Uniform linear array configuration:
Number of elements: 48
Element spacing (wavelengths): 0.25
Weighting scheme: hann
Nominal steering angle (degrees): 15
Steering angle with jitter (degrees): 13.393
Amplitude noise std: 0.05
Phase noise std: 0.05

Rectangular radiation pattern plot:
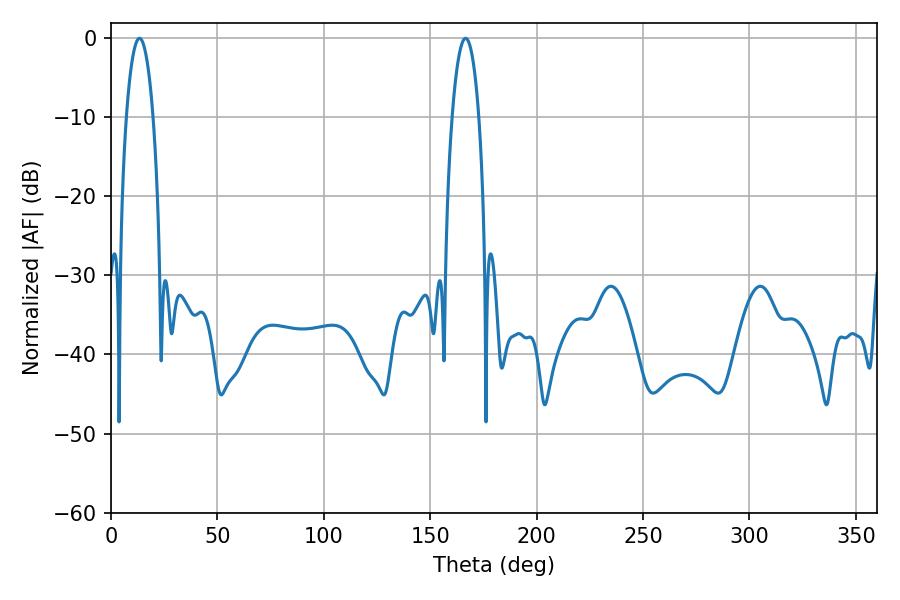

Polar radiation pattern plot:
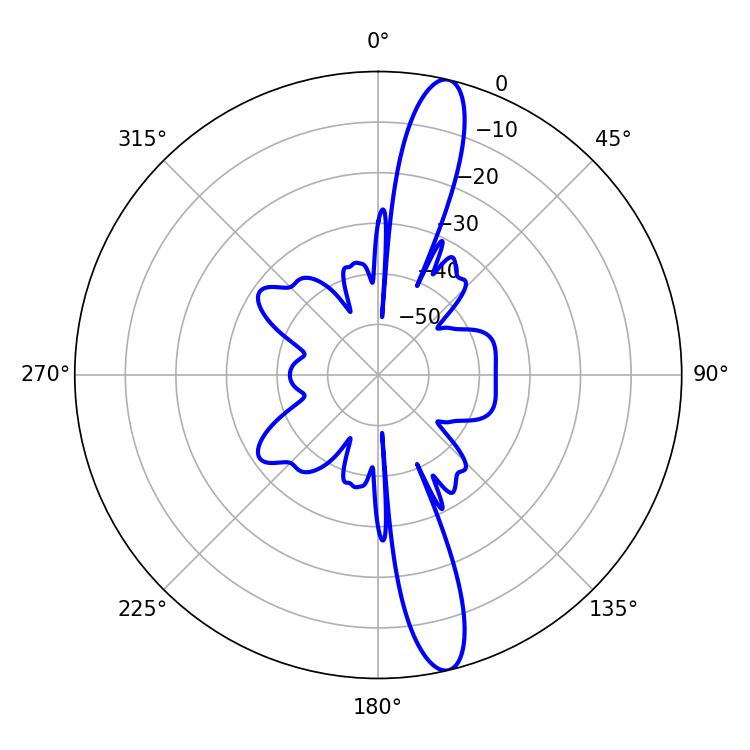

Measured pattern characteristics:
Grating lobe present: FALSE
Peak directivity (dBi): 15.184
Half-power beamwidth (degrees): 7.02
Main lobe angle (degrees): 13.32